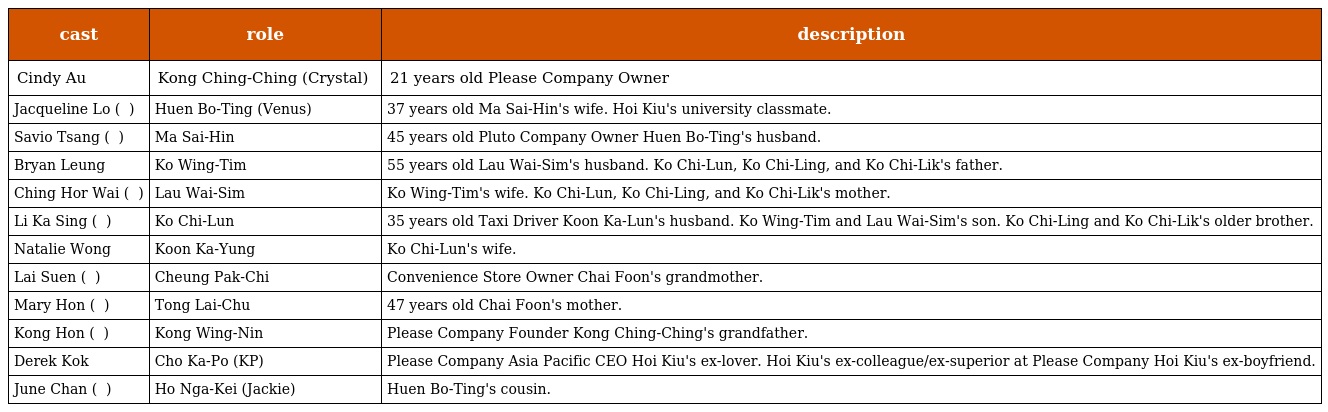
| cast | role | description |
 | --- | --- | --- |
 | Cindy Au | Kong Ching-Ching (Crystal) 江晶晶 | 21 years old Please Company Owner |
 | Jacqueline Lo ( 羅慧娟 ) | Huen Bo-Ting (Venus) 禤寶婷 | 37 years old Ma Sai-Hin's wife. Hoi Kiu's university classmate. |
 | Savio Tsang ( 曾偉權 ) | Ma Sai-Hin 馬世軒 | 45 years old Pluto Company Owner Huen Bo-Ting's husband. |
 | Bryan Leung | Ko Wing-Tim 高榮添 | 55 years old Lau Wai-Sim's husband. Ko Chi-Lun, Ko Chi-Ling, and Ko Chi-Lik's father. |
 | Ching Hor Wai ( 程可為 ) | Lau Wai-Sim 劉慧嬋 | Ko Wing-Tim's wife. Ko Chi-Lun, Ko Chi-Ling, and Ko Chi-Lik's mother. |
 | Li Ka Sing ( 李家聲 ) | Ko Chi-Lun 高志能 | 35 years old Taxi Driver Koon Ka-Lun's husband. Ko Wing-Tim and Lau Wai-Sim's son. Ko Chi-Ling and Ko Chi-Lik's older brother. |
 | Natalie Wong | Koon Ka-Yung 管嘉蓉 | Ko Chi-Lun's wife. |
 | Lai Suen ( 黎宣 ) | Cheung Pak-Chi 章柏枝 | Convenience Store Owner Chai Foon's grandmother. |
 | Mary Hon ( 韓馬利 ) | Tong Lai-Chu 唐麗珠 | 47 years old Chai Foon's mother. |
 | Kong Hon ( 江漢 ) | Kong Wing-Nin 江永年 | Please Company Founder Kong Ching-Ching's grandfather. |
 | Derek Kok | Cho Ka-Po (KP) 曹家普 | Please Company Asia Pacific CEO Hoi Kiu's ex-lover. Hoi Kiu's ex-colleague/ex-superior at Please Company Hoi Kiu's ex-boyfriend. |
 | June Chan ( 陳琪 ) | Ho Nga-Kei (Jackie) 何雅琪 | Huen Bo-Ting's cousin. |